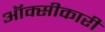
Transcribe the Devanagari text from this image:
ऑक्सीकारी